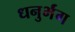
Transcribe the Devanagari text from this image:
धनुर्भंग